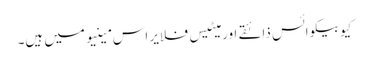
کیوبیکوائس ذائقے اور میٹیس فلایر اس مینیو میں ہیں۔